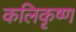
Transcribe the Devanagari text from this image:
कलिकृष्ण